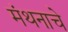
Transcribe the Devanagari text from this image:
मंथनाचे